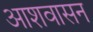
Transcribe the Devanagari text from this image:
आशवासन